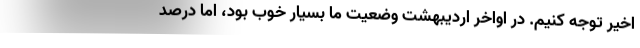
اخیر توجه کنیم. در اواخر اردیبهشت وضعیت ما بسیار خوب بود، اما درصد